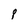
Character: P